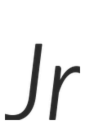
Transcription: Jr